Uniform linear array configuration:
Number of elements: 32
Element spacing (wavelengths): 1
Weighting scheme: kaiser
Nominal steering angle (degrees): -60
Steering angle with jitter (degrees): -61.468
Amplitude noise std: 0.05
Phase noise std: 0.05

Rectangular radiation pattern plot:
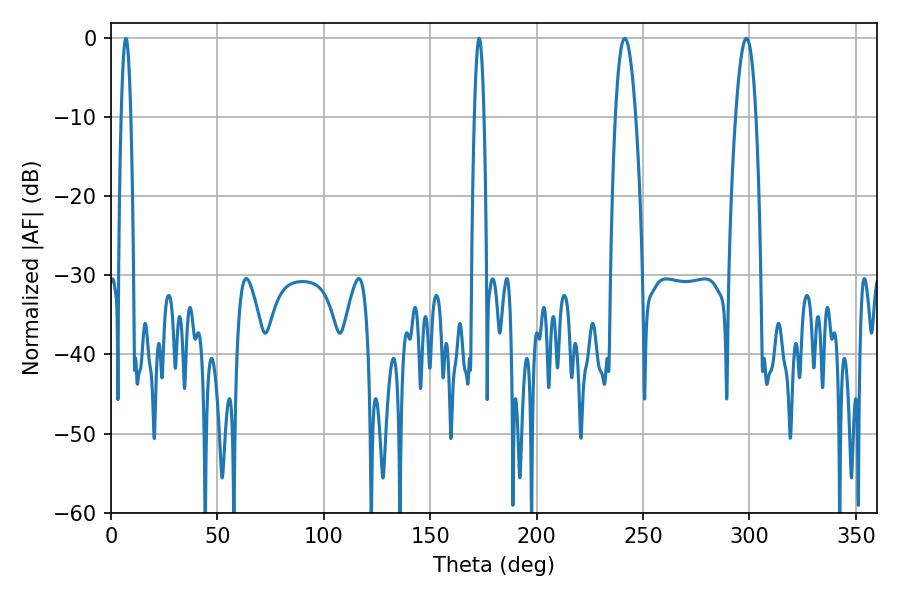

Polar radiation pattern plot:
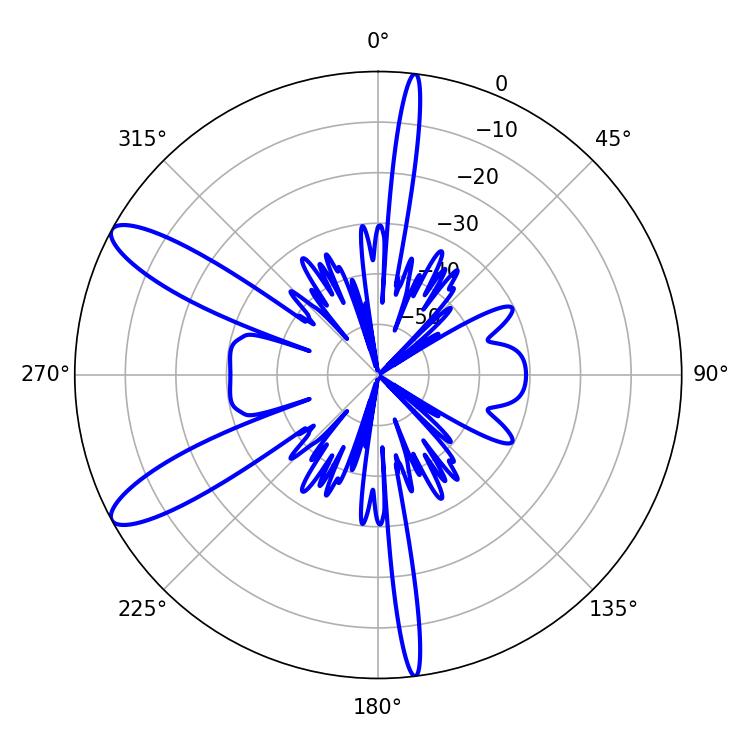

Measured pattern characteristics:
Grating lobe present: TRUE
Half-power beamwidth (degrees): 5.22
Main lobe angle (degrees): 241.38